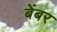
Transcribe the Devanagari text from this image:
बेंबर